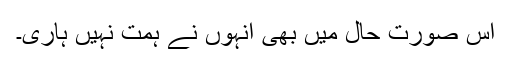
اس صورتِ حال میں بھی انہوں نے ہمت نہیں ہاری۔